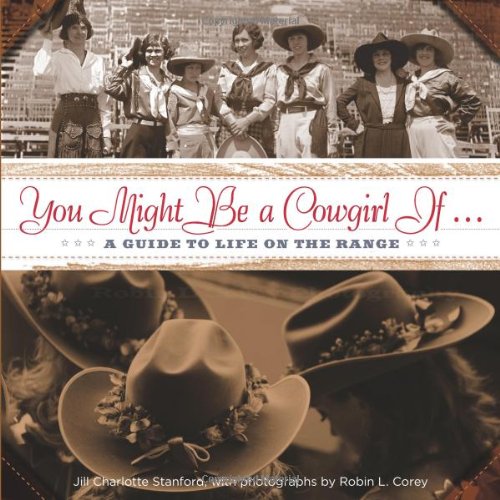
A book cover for You Might Be a Cowgirl If . . .: A Guide To Life On The Range; Jill Stanford; Humor & Entertainment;